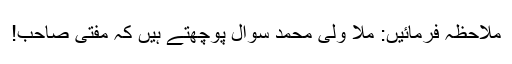
ملاحظہ فرمائیں: ملا ولی محمد سوال پوچھتے ہیں کہ مفتی صاحب!